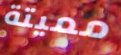
مميتة